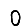
Digit: 0